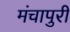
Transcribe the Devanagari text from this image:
मंचापुरी